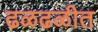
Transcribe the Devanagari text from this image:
ढळढळीत